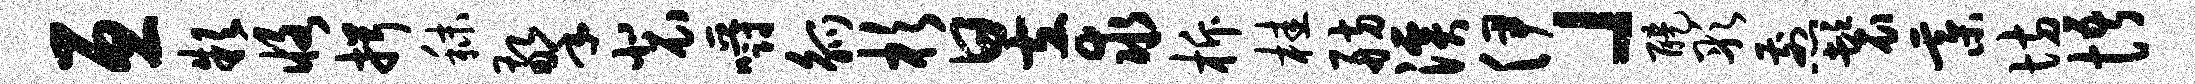
亘款恪揖秣擎裴嚼觚杉昱求柝桂舫溪伊」醍彤煎鬟綦坊悟